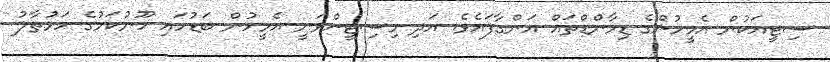
ސިޓީއަކުން އެމީހުންގެ ޑިމާންޑްތައް އަންގާފައެވެ. އަދި މިސިޓީންވަނީ އެމީހުން ބަޑުހައި ހޫނުކަމުގެ ހަޅުތާލު